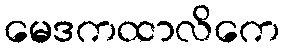
မေဒကထာလိကေ